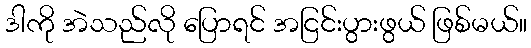
ဒါကို အဲသည်လို ပြောရင် အငြင်းပွားဖွယ် ဖြစ်မယ်။